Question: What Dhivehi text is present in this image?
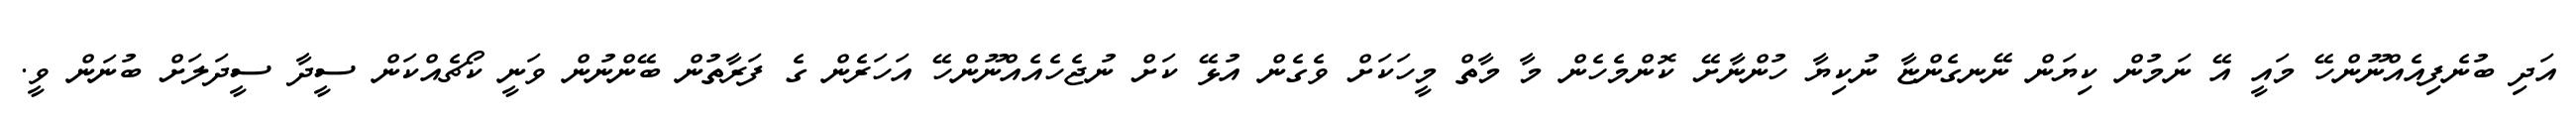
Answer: އަދި ބުނެފިއެއްނޫންހޭ މައީ އޭ ނަމުން ކިޔަން ނޭނގެންޏާ ނުކިޔާ ހުންނާށޭ ކޮންމެހެން މާ މާތް މީހަކަށް ވެގެން އުޅޭ ކަށް ނުޖެހެއެއްނޫންހޭ އަހަރެން ގެ ފަރާތުން ބޭންނުން ވަނީ ކޯޗެއްކަން ސީދާ ސީދަލަށް ބުނަން ވީ.